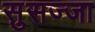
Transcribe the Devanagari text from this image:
सुसज्जा